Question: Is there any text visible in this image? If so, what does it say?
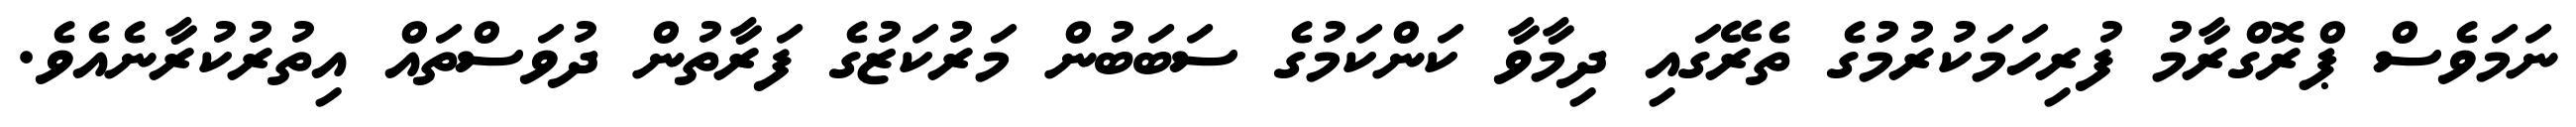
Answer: ނަމަވެސް ޕްރޮގްރާމު ފުރިހަމަކުރުމުގެ ތެރޭގައި ދިމާވާ ކަންކަމުގެ ސަބަބުން މަރުކަޒުގެ ފަރާތުން ދުވަސްތައް އިތުރުކުރާނެއެވެ.